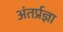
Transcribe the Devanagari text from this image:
अंतर्प्रज्ञा